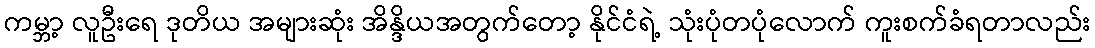
ကမ္ဘာ့ လူဦးရေ ဒုတိယ အများဆုံး အိန္ဒိယအတွက်တော့ နိုင်ငံရဲ့ သုံးပုံတပုံလောက် ကူးစက်ခံရတာလည်း